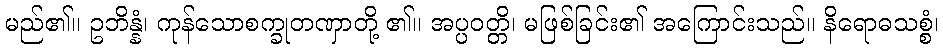
မည်၏။ ဥဘိန္နံ၊ ကုန်သောစက္ခုတဏှာတို့ ၏။ အပ္ပဝတ္တိ၊ မဖြစ်ခြင်း၏ အကြောင်းသည်။ နိရောဓသစ္စံ၊